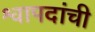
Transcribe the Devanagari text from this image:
श्वापदांची